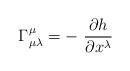
LaTeX: \begin{align*}\Gamma^{\mu}_{\mu \lambda}=-\ \frac{\partial h}{\partial x^{\lambda}}\end{align*}